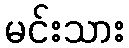
မင်းသား